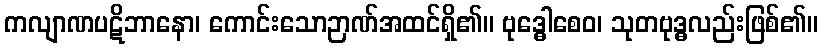
ကလျာဏပဋိဘာနော၊ ကောင်းသောဉာဏ်အထင်ရှိ၏။ ဗုဒ္ဓေါစေဝ၊ သုတဗုဒ္ဓလည်းဖြစ်၏။